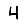
Digit: 4